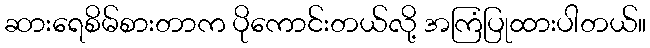
ဆားရေစိမ်စားတာက ပိုကောင်းတယ်လို့ အကြံပြုထားပါတယ်။